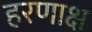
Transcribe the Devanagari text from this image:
हरणाक्ष